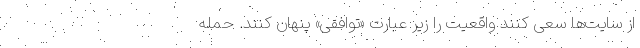
از سایت‌ها سعی کنند واقعیت را زیر عبارت «توافقی» پنهان کنند. حمله